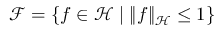
\mathcal { F } = \{ f \in \mathcal { H } \; | \; \| f \| _ { \mathcal { H } } \leq 1 \}